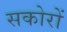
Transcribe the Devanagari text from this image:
सकोरों